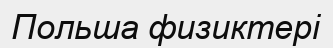
Польша физиктері